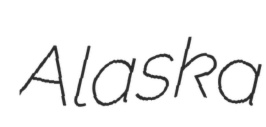
Alaska